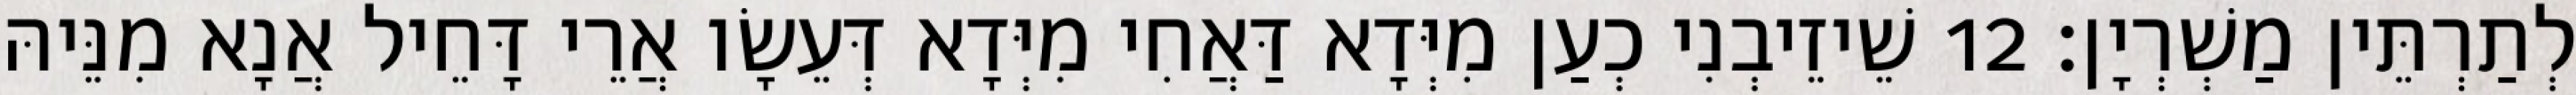
לְתַרְתֵּין מַשְׁרְיָן׃ 12 שֵׁיזֵיבְנִי כְעַן מִיְּדָא דַּאֲחִי מִיְּדָא דְּעֵשָׂו אֲרֵי דָּחֵיל אֲנָא מִנֵּיהּ